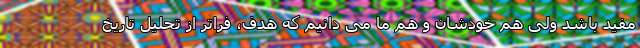
مفید باشد ولی هم خودشان و هم ما می دانیم که هدف، فراتر از تحلیل تاریخ